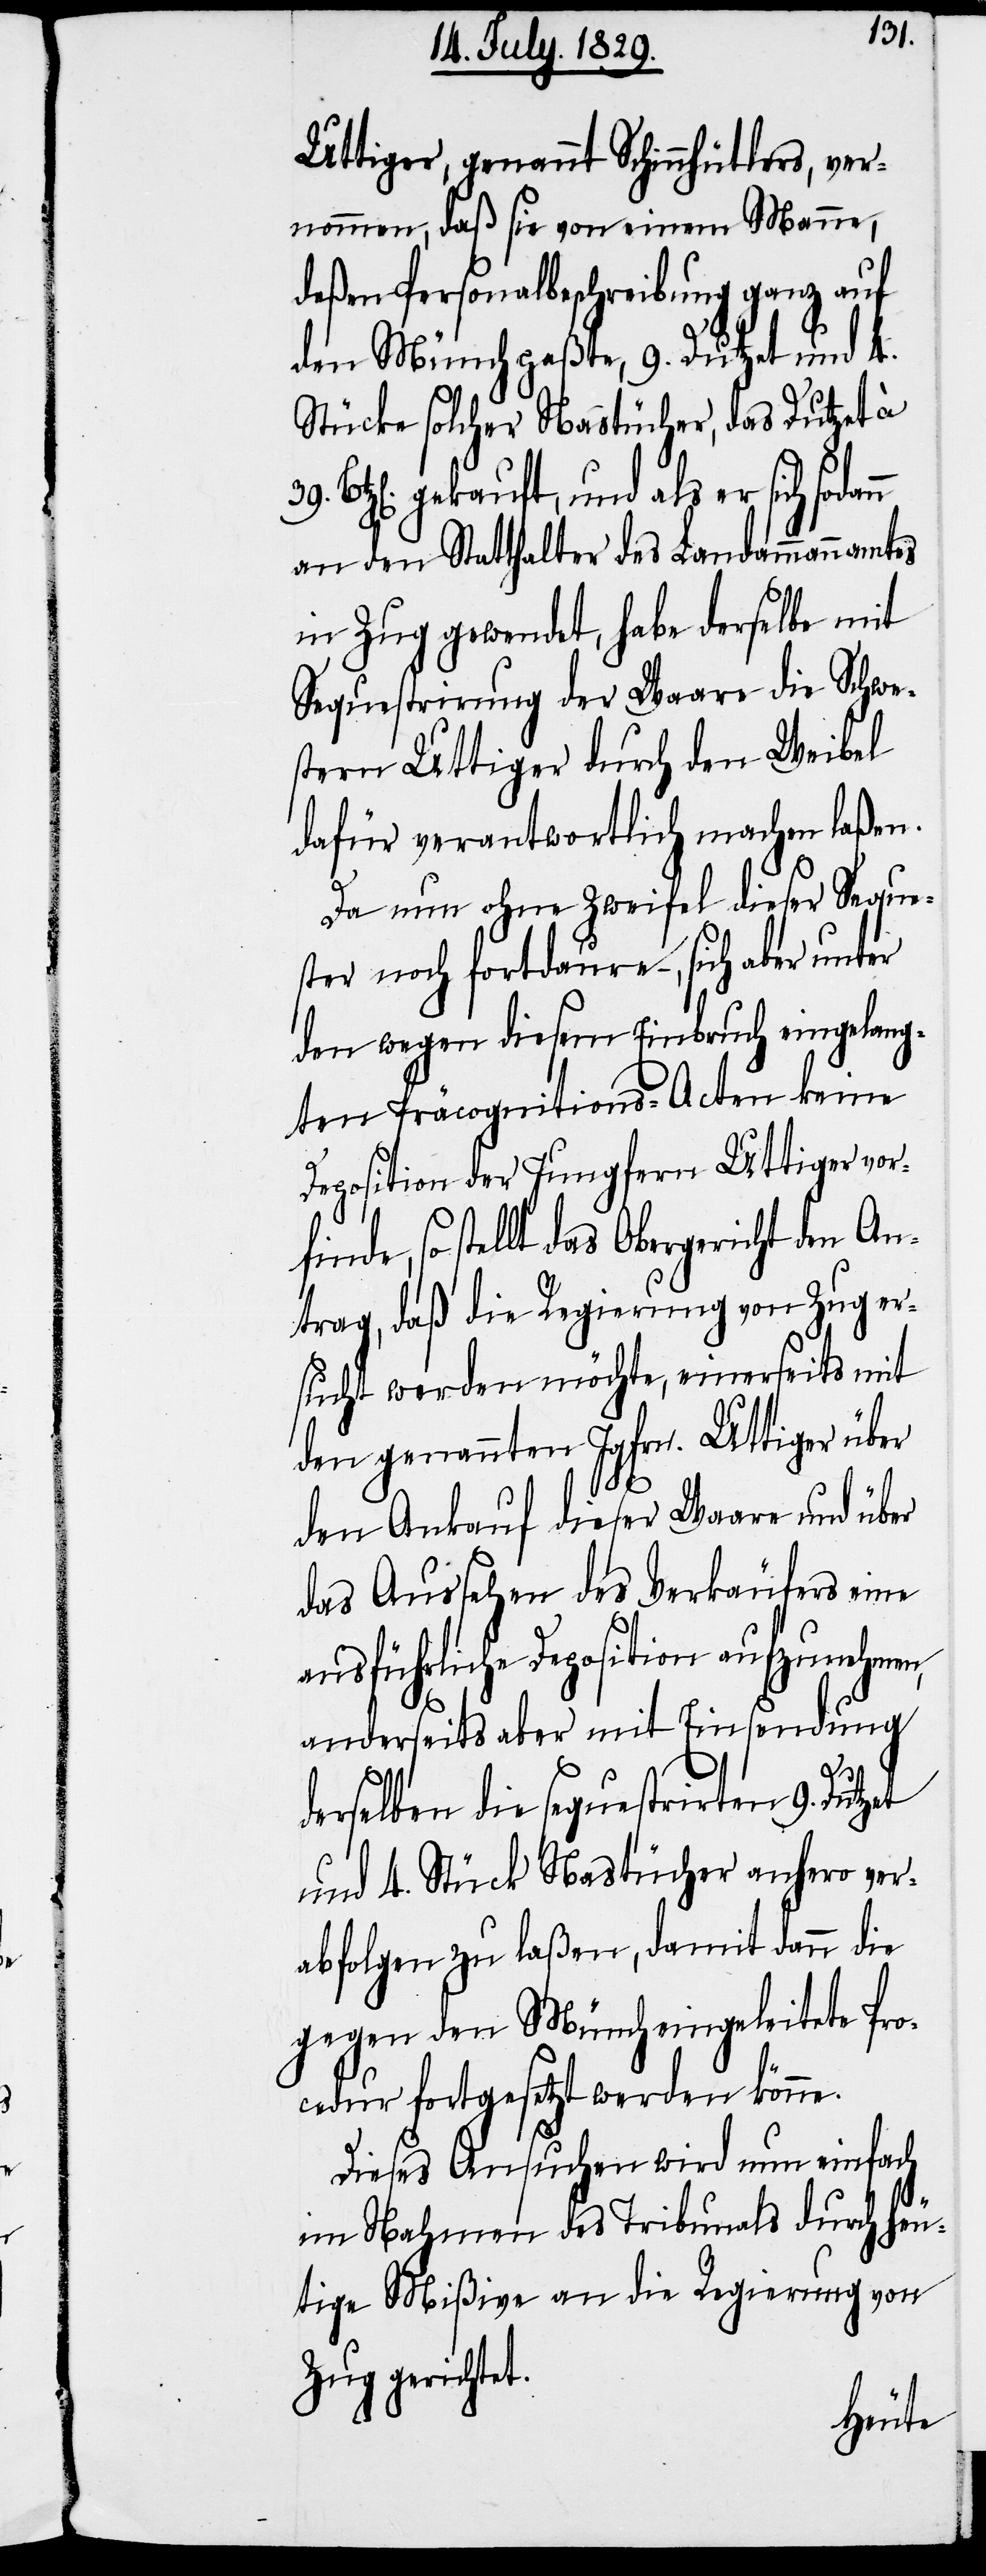
Uttiger, genannt Schinnhütlers, ver¬
nommen, daß sie von einem Manne,
deßen Personalbeschreibung ganz auf
den Münch paßte, 9. Dutzet und 4.
Stücke solcher Nastücher, das Dutzet à
Btz[en]. gekauft, und als er sich
an den Statthalter des Landammannamtes
in Zug gewendet, habe derselbe mit
Sequestrirung der Waare die Schwe¬
stern Uttiger durch den Weibel
dafür verantwortlich machen laßen.
Da nun ohne Zweifel dieser Seque¬
ster noch fortdaure–, sich aber unter
den wegen diesem Einbruch eingelang¬
ten Präcognitions-Acten keine
Deposition der Jungfern Uttiger vor¬
finde, so stellt das Obergericht den An¬
trag, daß die Regierung von Zug er¬
sucht werden möchte, einerseits mit
den genannten Jgfrn. Uttiger über
den Ankauf dieser Waare und über
das Aussehen des Verkäufers eine
ausführliche Deposition aufzunehmen,
anderseits aber die Einsendung
derselben die sequestrirten 9. Dutzet
und 4. Stück Nastücher anhero ver¬
abfolgen zu laßen, damit dann die
gegen den Münch eingeleitete Pro¬
cedur fortgesetzt werden könne.
Dieses Ansuchen wird nun einfach
im Nahmen des Tribunals durch heu¬
tige Mißive an die Regierung von
Zug gerichtet.